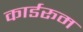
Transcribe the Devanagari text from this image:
कार्डरूम